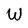
Character: W